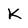
Character: k